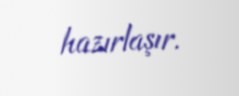
hazırlaşır.